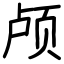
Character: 颅